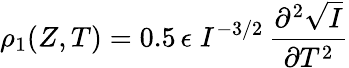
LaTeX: \rho_{1}(Z,T)=0.5\, \epsilon\; I^{-3/2}\, \frac{\partial^{2}\sqrt{I}}{\partial T^{2}}